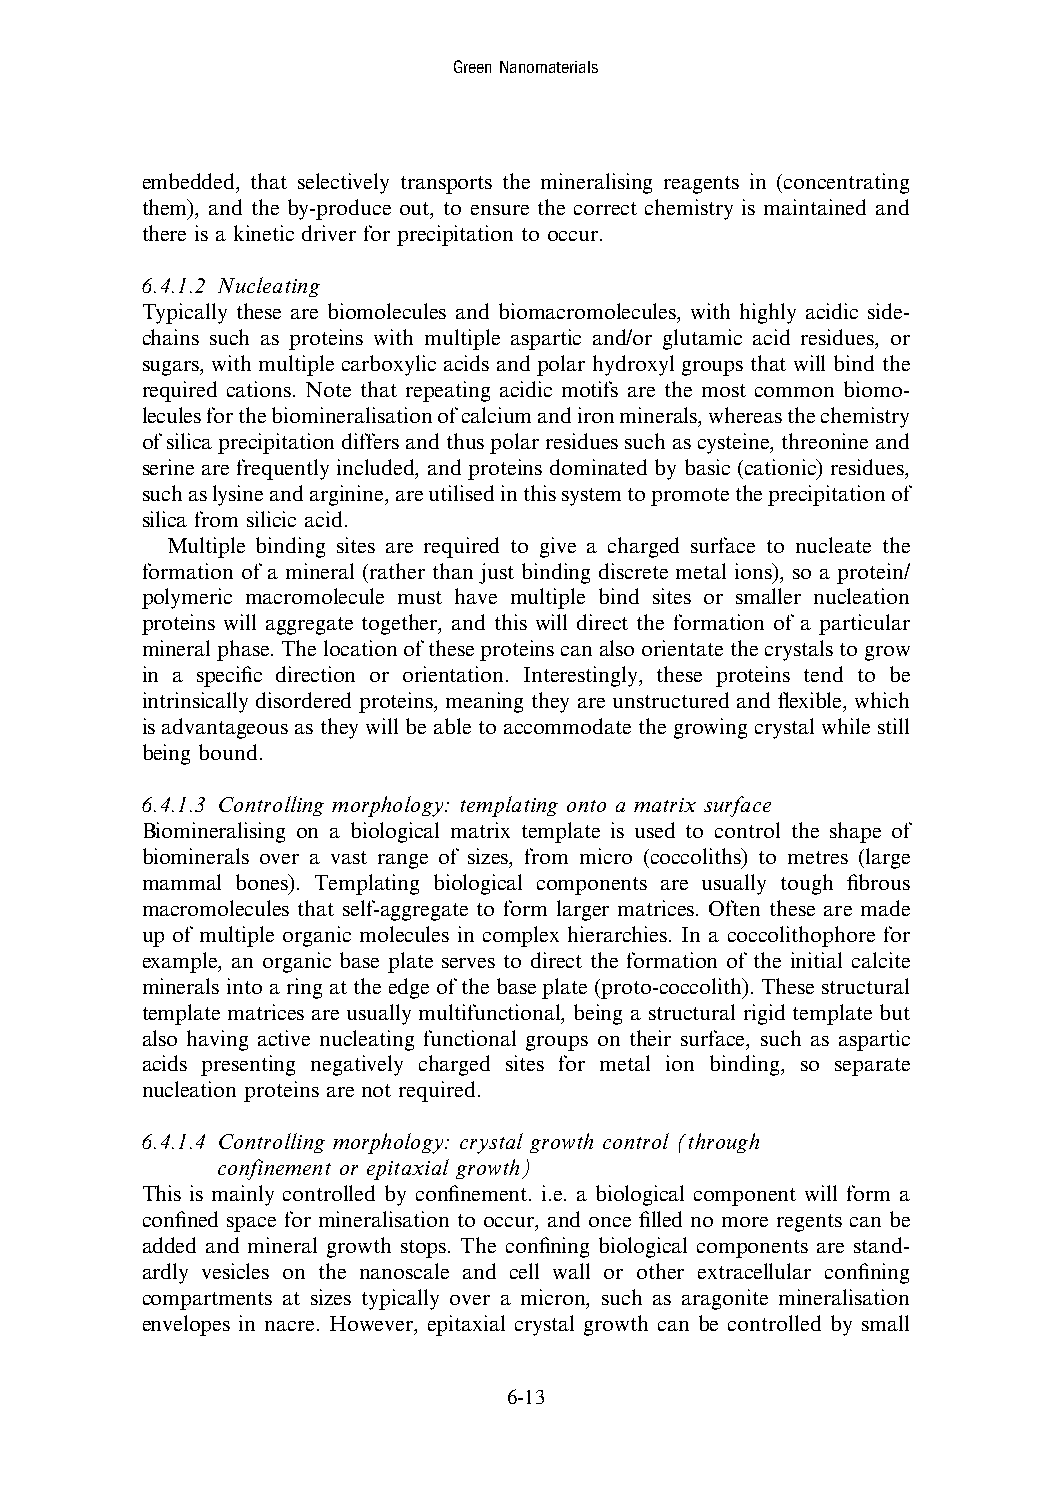
GreenNanomaterials
 embedded, that selectively transports the mineralising reagents in (concentrating
 them), and the by-produce out, to ensure the correct chemistry is maintained and
 there is a kinetic driver for precipitation to occur.
 6.4.1.2 Nucleating
 Typically these are biomolecules and biomacromolecules, with highly acidic side-
 chains such as proteins with multiple aspartic and/or glutamic acid residues, or
 sugars, with multiple carboxylic acids and polar hydroxyl groups that will bind the
 required cations. Note that repeating acidic motifs are the most common biomo-
 leculesforthebiomineralisationofcalciumandironminerals,whereasthechemistry
 ofsilicaprecipitationdiffersandthuspolarresiduessuchascysteine,threonineand
 serine are frequently included, and proteins dominated by basic (cationic) residues,
 suchaslysineandarginine,areutilisedinthissystemtopromotetheprecipitationof
 silica from silicic acid.
 Multiple binding sites are required to give a charged surface to nucleate the
 formation of a mineral (rather than just binding discrete metal ions), so a protein/
 polymeric macromolecule must have multiple bind sites or smaller nucleation
 proteins will aggregate together, and this will direct the formation of a particular
 mineralphase.Thelocationoftheseproteinscanalsoorientatethecrystalstogrow
 in a specific direction or orientation. Interestingly, these proteins tend to be
 intrinsically disordered proteins, meaning they are unstructured and flexible, which
 is advantageous as they will be able to accommodate the growing crystal while still
 being bound.
 6.4.1.3 Controlling morphology: templating onto a matrix surface
 Biomineralising on a biological matrix template is used to control the shape of
 biominerals over a vast range of sizes, from micro (coccoliths) to metres (large
 mammal bones). Templating biological components are usually tough fibrous
 macromolecules that self-aggregate to form larger matrices. Often these are made
 up of multiple organic molecules in complex hierarchies. In a coccolithophore for
 example, an organic base plate serves to direct the formation of the initial calcite
 minerals into a ring at the edge of the base plate (proto-coccolith). Thesestructural
 template matrices are usually multifunctional, being a structural rigid template but
 also having active nucleating functional groups on their surface, such as aspartic
 acids presenting negatively charged sites for metal ion binding, so separate
 nucleation proteins are not required.
 6.4.1.4 Controlling morphology: crystal growth control (through
 confinement or epitaxial growth)
 This is mainly controlled by confinement. i.e. a biological component will form a
 confined space for mineralisation to occur, and once filled no more regents can be
 added and mineral growth stops. The confining biological components are stand-
 ardly vesicles on the nanoscale and cell wall or other extracellular confining
 compartments at sizes typically over a micron, such as aragonite mineralisation
 envelopes in nacre. However, epitaxial crystal growth can be controlled by small
 6-13